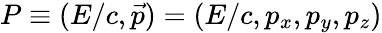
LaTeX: P\equiv(E/c,{\vec{p}})=(E/c,p_{x},p_{y},p_{z})